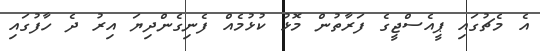
އެ މެޗުގައި ޕީއެސްޖީގެ ފަރާތުން މޮޅު ކުޅުމެއް ފެނިގެންދިޔަ އިރު ދެ ހާފުގައި